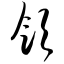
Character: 饮